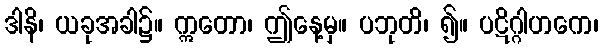
ဒါနိ၊ ယခုအခါ၌။ ဣတော၊ ဤနေ့မှ။ ပဘုတိ၊ ၍။ ပဋိဂ္ဂါဟကေ၊